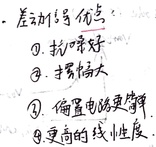
- 差动信号优点
    \textcircled{1}. 抗噪好
    \textcircled{2}. 偏置电路更简单
    \textcircled{3}. 摆幅增大
    \textcircled{4}. 更高的线性度.